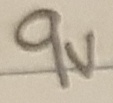
Text: 9V